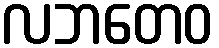
လဘတေဝ